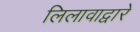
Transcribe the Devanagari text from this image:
लिलावाद्वारे